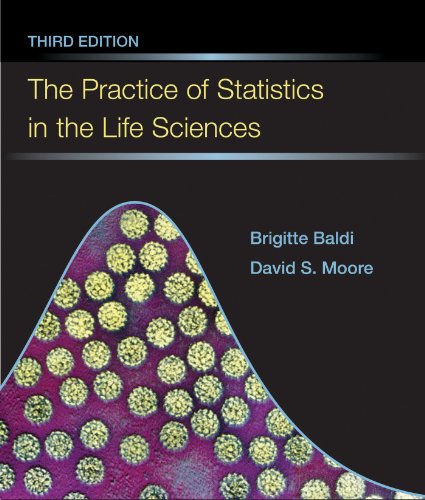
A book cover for The Practice of Statistics in the Life Sciences: w/CrunchIt/EESEE Access Card; Brigitte Baldi; Medical Books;